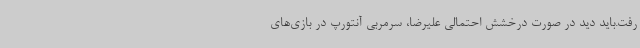
رفت.باید دید در صورت درخشش احتمالی علیرضا، سرمربی آنتورپ در بازی‌های